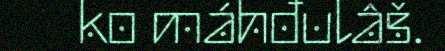
ko máhđulâš.